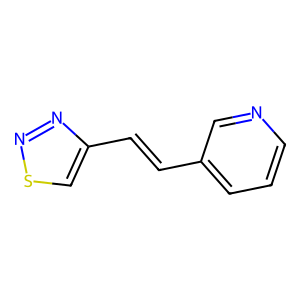
SMILES: C(=Cc1csnn1)c1cccnc1
Inhibits HIV replication: No